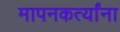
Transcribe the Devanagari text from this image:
मापनकर्त्यांना